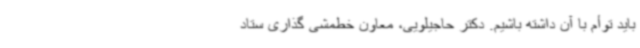
باید توأم با آن داشته باشیم. دکتر حاجیلویی، معاون خط‌مشی گذاری ستاد